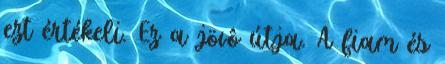
ezt értékeli. Ez a jövô útja. A fiam és